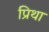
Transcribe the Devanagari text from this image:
प्रिथा